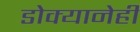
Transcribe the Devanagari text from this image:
डोक्यानेही